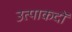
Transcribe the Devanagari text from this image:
उत्पाकदों